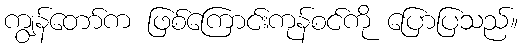
ကျွန်တော်က ဖြစ်ကြောင်းကုန်စင်ကို ပြောပြသည်။